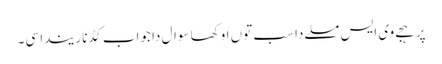
پر ہجے وی ایس مسلے دا سب توں اوکھا سوال دا جواب کڈنا ریندا سی۔